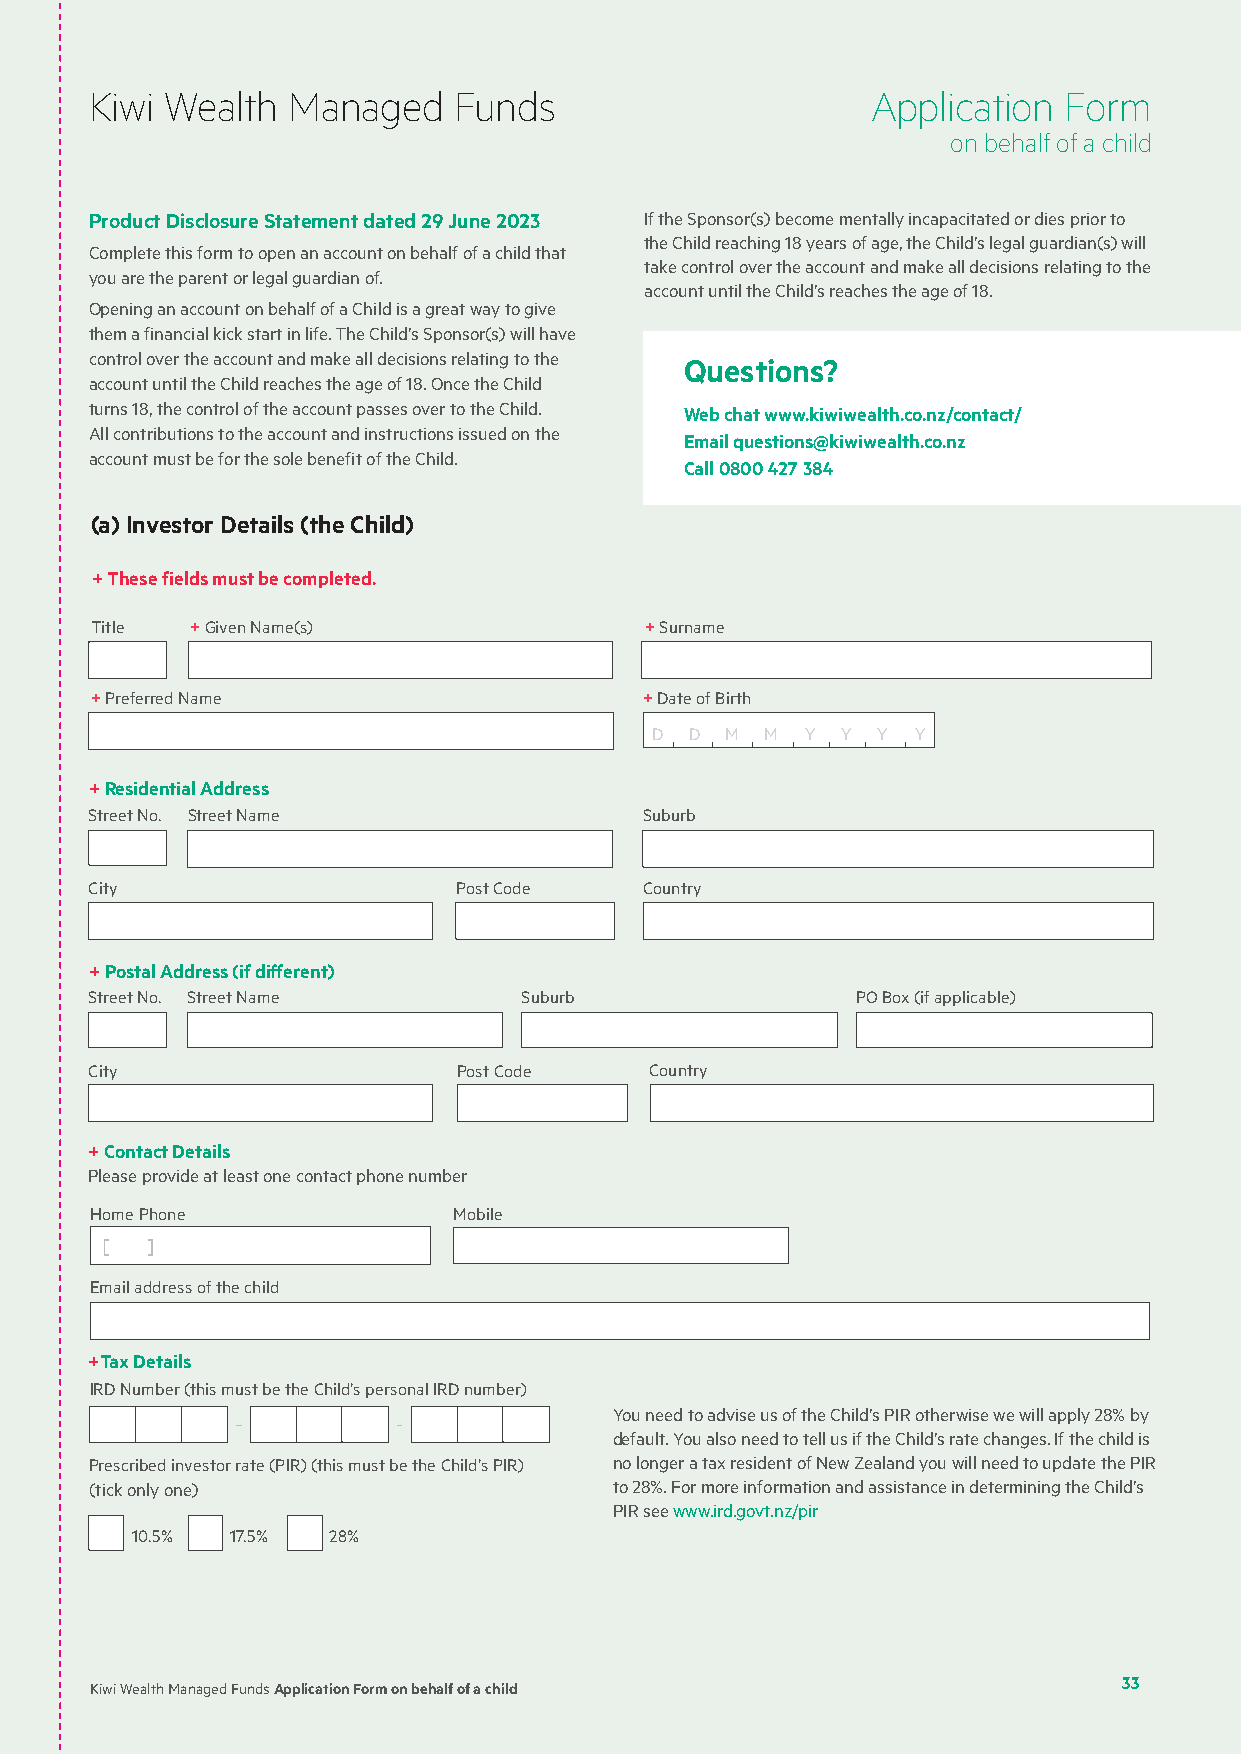
Kiwi Wealth  Managed    Funds                       Application Form
 on behalf of a child
 Product Disclosure Statement dated 29 June 2023 If the Sponsor(s) become mentally incapacitated or dies prior to
 the Child reaching 18 years of age, the Child’s legal guardian(s) will
 Complete this form to open an account on behalf of a child that
 take control over the account and make all decisions relating to the
 you are the parent or legal guardian of.
 account until the Child’s reaches the age of 18.
 Opening an account on behalf of a Child is a great way to give
 them a financial kick start in life. The Child’s Sponsor(s) will have
 control over the account and make all decisions relating to the Questions?
 account until the Child reaches the age of 18. Once the Child
 turns 18, the control of the account passes over to the Child. Web chat www.kiwiwealth.co.nz/contact/
 All contributions to the account and instructions issued on the
 Email questions@kiwiwealth.co.nz
 account must be for the sole benefit of the Child.
 Call 0800 427 384
 (a) Investor Details (the Child)
 + These fields must be completed.
 Title  + Given Name(s)               + Surname
 + Preferred Name                     + Date of Birth
 D  D M  M Y  Y Y  Y
 + Residential Address
 Street No. Street Name               Suburb
 City                    Post Code    Country
 + Postal Address (if different)
 Street No. Street Name      Suburb                 PO Box (if applicable)
 City                    Post Code    Country
 + Contact Details
 Please provide at least one contact phone number
 Home Phone              Mobile
 [  ]
 Email address of the child
 +Tax Details
 IRD Number (this must be the Child’s personal IRD number)
 You need to advise us of the Child’s PIR otherwise we will apply 28% by
 default. You also need to tell us if the Child’s rate changes. If the child is
 Prescribed investor rate (PIR) (this must be the Child’s PIR) no longer a tax resident of New Zealand you will need to update the PIR
 (tick only one)                    to 28%. For more information and assistance in determining the Child’s
 PIR see www.ird.govt.nz/pir
 10.5% 17.5%  28%
 Kiwi Wealth Managed Funds Application Form on behalf of a child     33